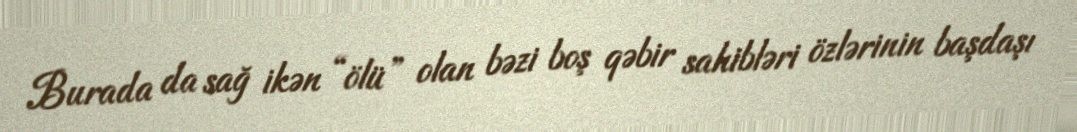
Burada da sağ ikən “ölü” olan bəzi boş qəbir sahibləri özlərinin başdaşı